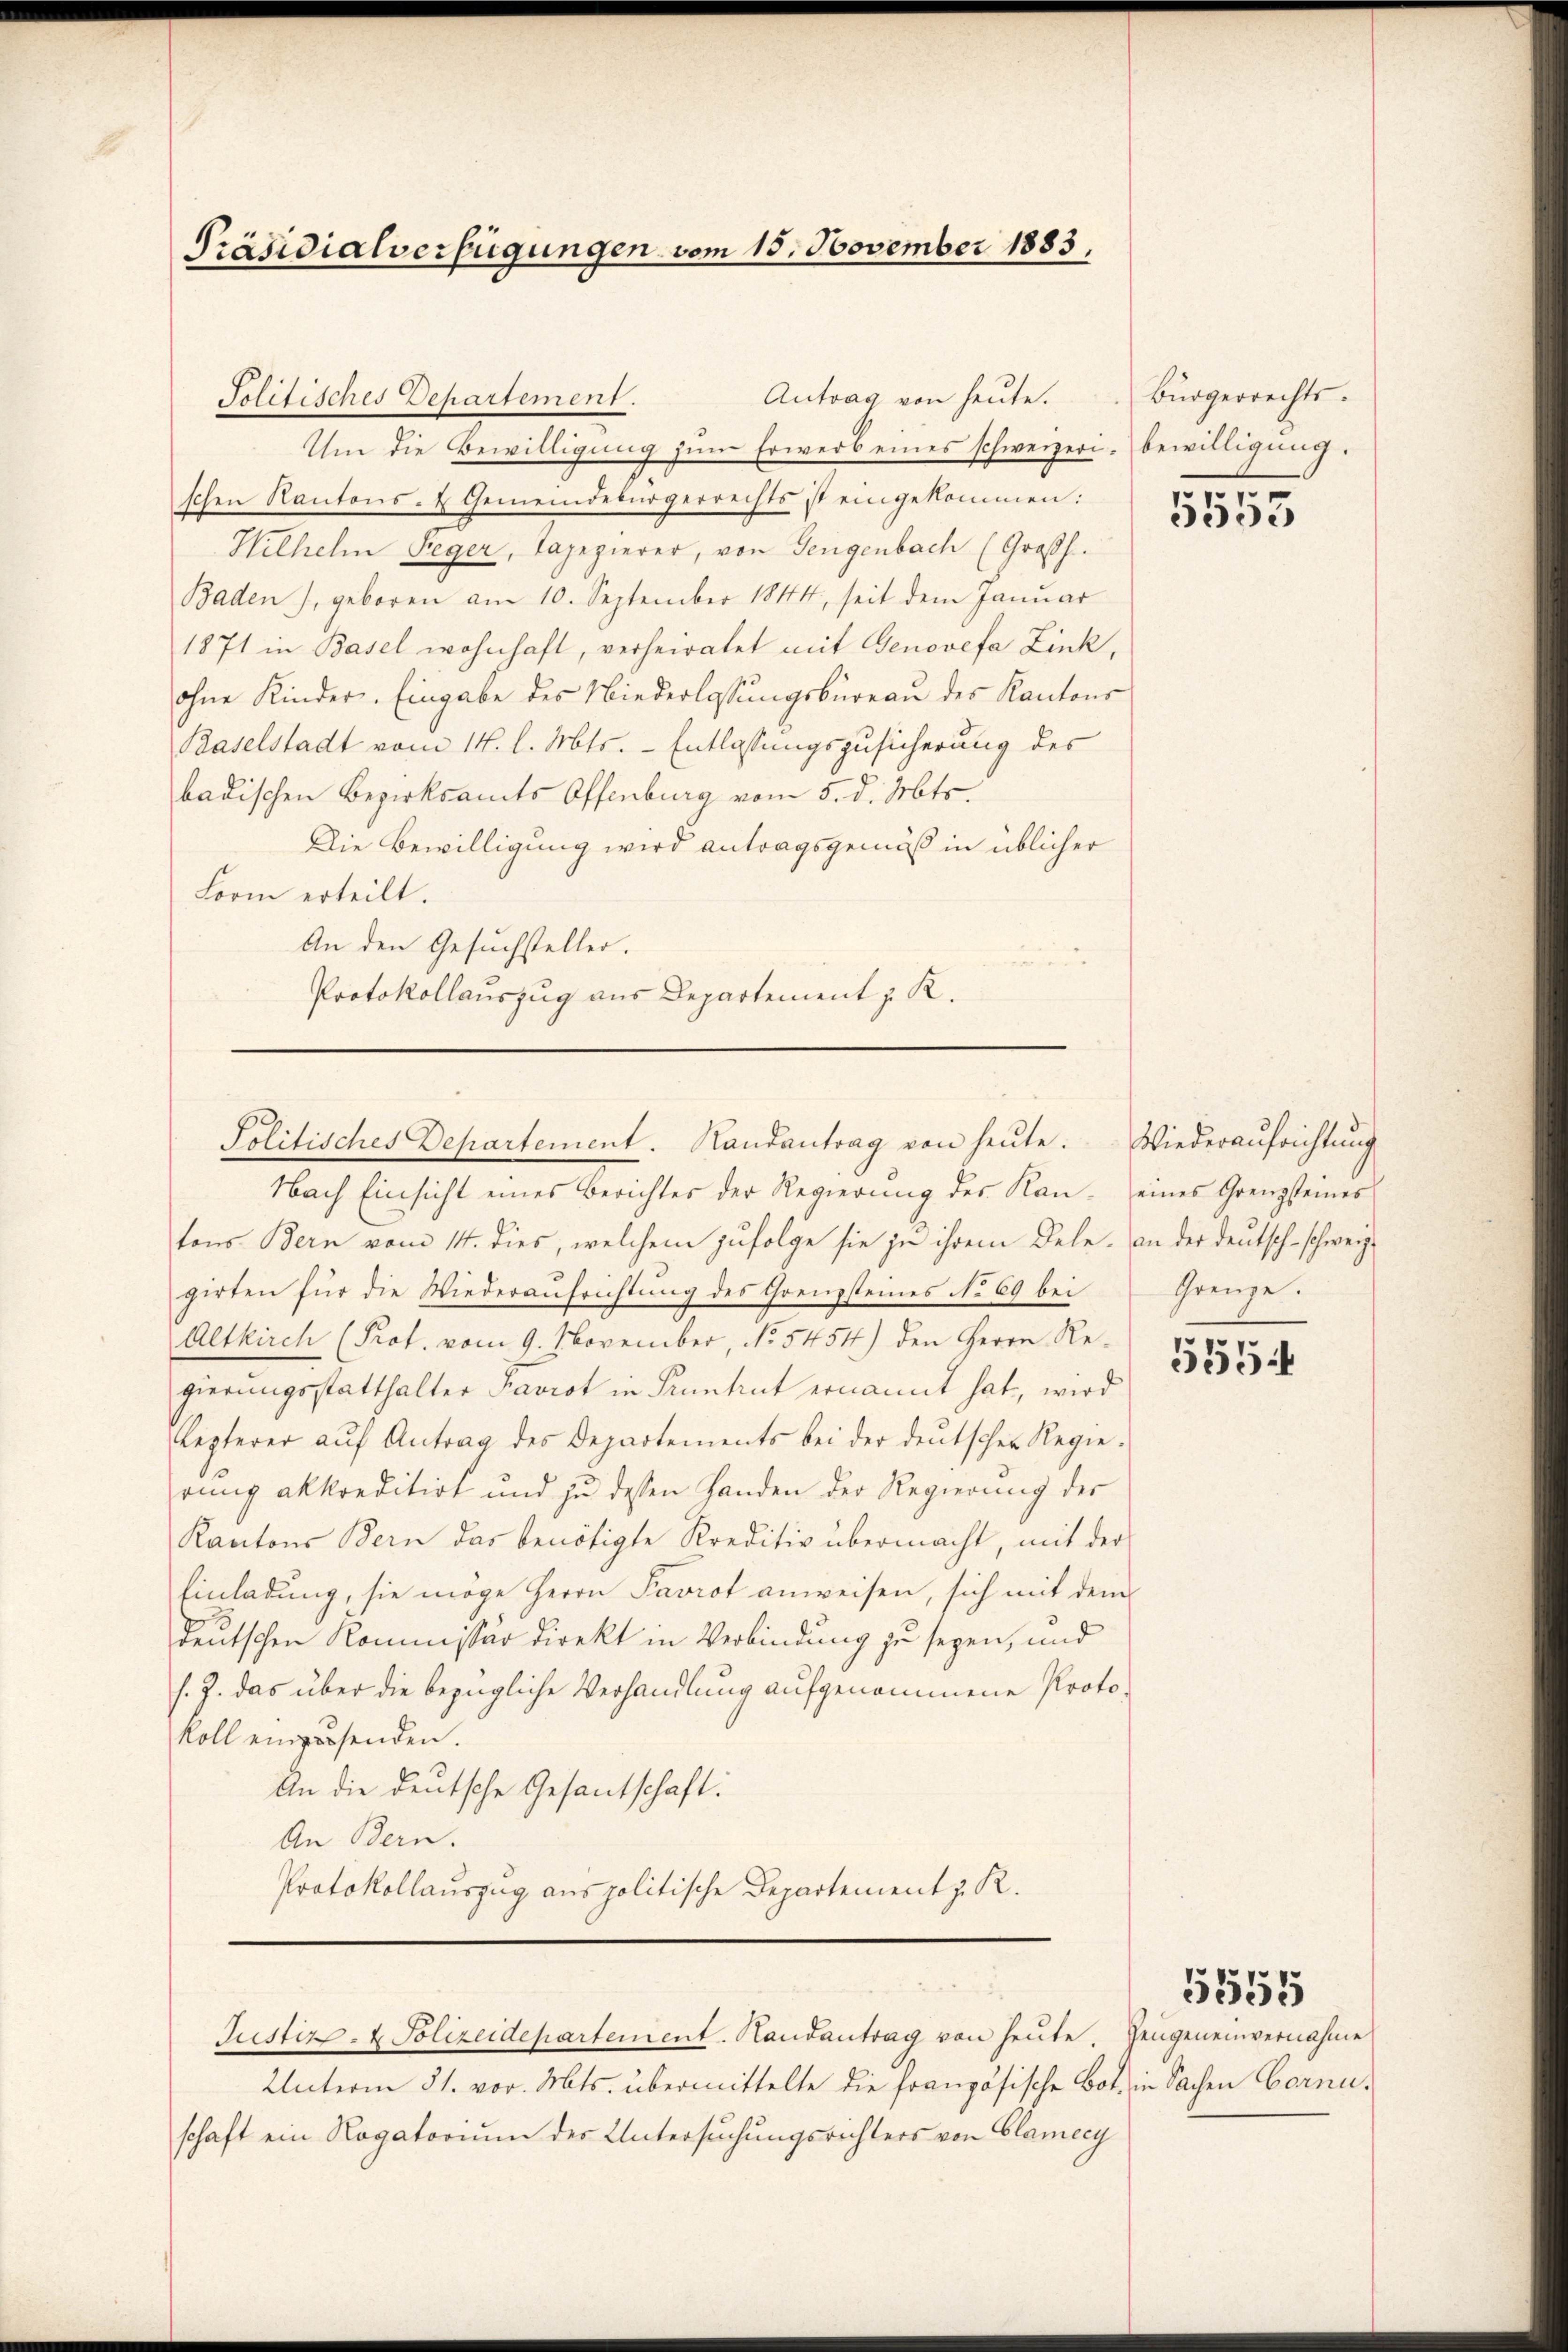
Präsidialverfügungen vom 15. November 1883,

Antrag von heute.
Solitisches Departement.

Um die Bewilligung zum Erwerb eines schweizeri. bewilligung.
schen Kantons- & Gemeindebürgerrechts ist eingekommen:
Wilhelm Reger, Tapezierer, von Gengenbach (Großh.
Baden), geboren am 10. September 1844, seit dem Janŭar
1871 in Basel wohnhaft, verheiratet mit Genovefa Zink,
ohne Kinder. Eingabe des Niederlassungsbureau des Kantons
Baselstadt vom 14. l. Mts. - Entlassungszusicherung des
badischen Bezirksamts Offenburg vom 5. d. Mts.
Die Bewilligung wird antragsgemäß in üblicher
Lorm erteilt.
An den Gesuchsteller.
Protokollauszug aus Departement z. R.

Politisches Departement. Handantrag von heŭte. Wiederaŭfrichtŭng

girten für die Wiederaufrichtung des Grenzsteines No 69 bei
Altkirch (Prot. vom 9. November, No. 5454) den Herrn Regierungsstatthalter Favrot in Pruntrut ernannt hat, wird
Lezterer aŭf Antrag des Departements bei der deŭtscher Regie-
rung akkreditirt und zu dessen Handen der Regierung des
Kantons Bern das benötigte Kreditiv übermacht, mit der
Einladung, sie möge Herrn Pavrot anweisen, sich mit dem
deutschen Kommissär direkt in Verbindung zu seyen, und
s. J. das über die bezügliche Verhandlung aufgenommene Protokoll einpresenden.
An die deutsche Gesantschaft.
An Bern.
Protokollauszug aus politische Departement z. R.

Nach Einsicht eines Berichtes der Regierŭng des Kan- eines Grenzsteines
tons Bern vom 14. dies, welchem zufolge sie zu ihrem Dele. an der Deutsch-schweiz¬

Justiz- & Polizeidepartement. Hausantrag von heute. Zeigeneinvernahme

Unterm 31. vor. Mts. übermittelte die französische Bot. in Sachen Cornischaft ein Rogatorium des Untersuchungsrichters von Glamery

Bürgerrechts.

5555

Grenze.

555

5555